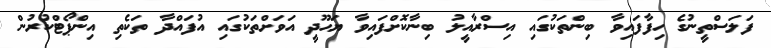
ފަލަސްތީނުގެ ހިފާފައިވާ ބިންތަކުގައި އިސްރާއީލު ބިނާކޮށްފައިވާ ޔަހޫދީ އަވަށްތަކުގައި އުފައްދާ ތަކެތި އިންޕޯޓްކުރުން